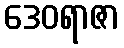
ဒေဝရာဇာ